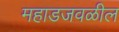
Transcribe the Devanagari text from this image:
महाडजवळील